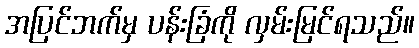
အပြင်ဘက်မှ ပန်းခြံကို လှမ်းမြင်ရသည်။